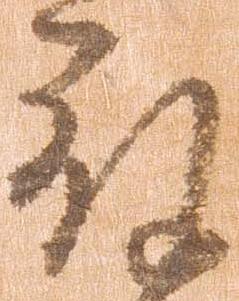
被